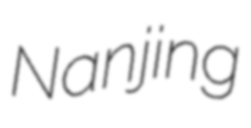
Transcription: Nanjing